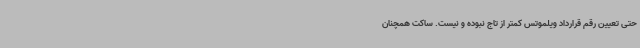
حتی تعیین رقم قرارداد ویلموتس کمتر از تاج نبوده و نیست. ساکت همچنان